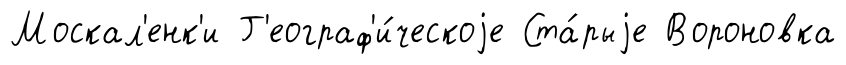
Москал'енк'и Г'еограф'и́ческоjе Ста́рыjе Вороновка